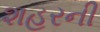
શહરની